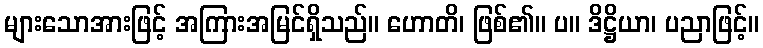
များသောအားဖြင့် အကြားအမြင်ရှိသည်။ ဟောတိ၊ ဖြစ်၏။ ပ။ ဒိဋ္ဌိယာ၊ ပညာဖြင့်။